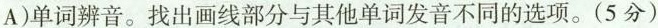
A)单词辨音。找出画线部分与其他单词发音不同的选项。(5 分)